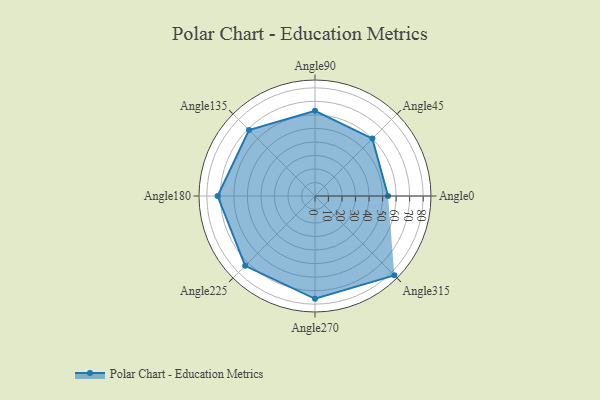
{"axis": {"x": "Angle", "y": "Radius"}, "legend": [""], "data": [{"x": "Angle0", "y": 54.0, "type": ""}, {"x": "Angle45", "y": 60.0, "type": ""}, {"x": "Angle90", "y": 63.0, "type": ""}, {"x": "Angle135", "y": 69.0, "type": ""}, {"x": "Angle180", "y": 72.0, "type": ""}, {"x": "Angle225", "y": 73.0, "type": ""}, {"x": "Angle270", "y": 76.0, "type": ""}, {"x": "Angle315", "y": 83.0, "type": ""}]}